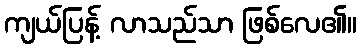
ကျယ်ပြန့် လာသည်သာ ဖြစ်လေ၏။